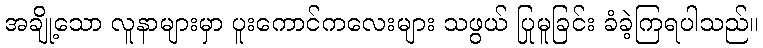
အချို့သော လူနာများမှာ ပူးကောင်ကလေးများ သဖွယ် ပြုမူခြင်း ခံခဲ့ကြရပါသည်။